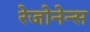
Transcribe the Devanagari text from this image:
रेजोनेन्स